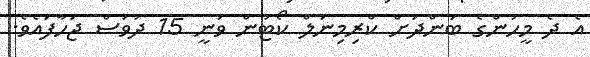
އެ ދެ މީހުންގެ ބަންދަށް ކްރިމިނަލް ކޯޓުން ވަނީ 15 ދުވަސް ޖަހާފައެވެ.